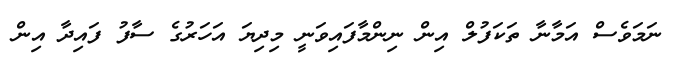
ނަމަވެސް އަމާނާ ތަކަފުލް އިން ނިންމާފައިވަނީ މިދިޔަ އަހަރުގެ ސާފު ފައިދާ އިން